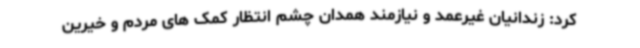
کرد: زندانیان غیرعمد و نیازمند همدان چشم انتظار کمک های مردم و خیرین